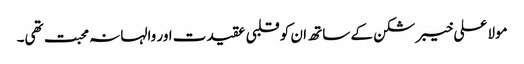
مولا علی خیبر شکن کے ساتھ ان کو قلبی عقیدت اور والہانہ محبت تھی۔